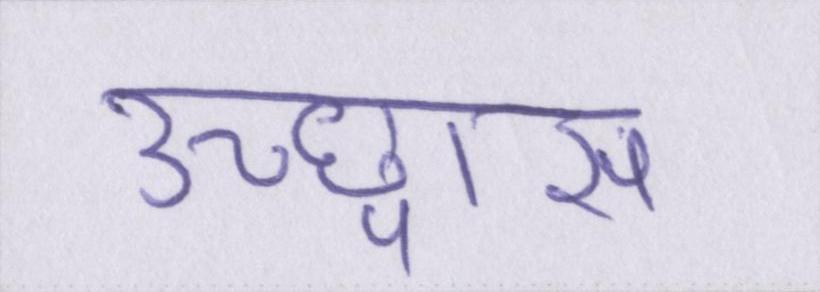
उच्छ्वास